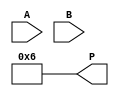
module array_multiplier #(parameter A_WIDTH = 4, B_WIDTH = 4) (
    input [A_WIDTH-1:0] A, // First operand
    input [B_WIDTH-1:0] B, // Second operand
    output [A_WIDTH+B_WIDTH-1:0] P // Product of A and B
);

    // Number of bits in the product
    localparam P_WIDTH = A_WIDTH + B_WIDTH;

    // Partial products
    wire [A_WIDTH-1:0] pp[B_WIDTH-1:0];

    // Generate partial products
    genvar i, j;
    generate
        for (i = 0; i < B_WIDTH; i = i + 1) begin : gen_partial_products
            assign pp[i] = A & {A_WIDTH{B[i]}};
        end
    endgenerate

    // Align partial products by shifting
    wire [P_WIDTH-1:0] shifted_pp[B_WIDTH-1:0];
    generate
        for (j = 0; j < B_WIDTH; j = j + 1) begin : align_partial_products
            assign shifted_pp[j] = {pp[j], j}; // Shift left by j positions
        end
    endgenerate

    // Summing the partial products using a binary adder tree
    wire [P_WIDTH-1:0] sum [B_WIDTH:0];
    assign sum[0] = {P_WIDTH{1'b0}}; // Initialize the sum to 0

    generate
        for (j = 0; j < B_WIDTH; j = j + 1) begin : sum_partial_products
            assign sum[j+1] = sum[j] + shifted_pp[j];
        end
    endgenerate

    // Final product
    assign P = sum[B_WIDTH];

endmodule